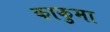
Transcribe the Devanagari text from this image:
काकुमा